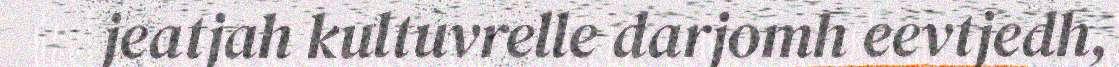
jeatjah kultuvrelle darjomh eevtjedh,